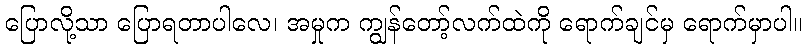
ပြောလို့သာ ပြောရတာပါလေ၊ အမှုက ကျွန်တော့်လက်ထဲကို ရောက်ချင်မှ ရောက်မှာပါ။